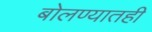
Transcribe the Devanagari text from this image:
बोलण्यातही